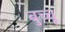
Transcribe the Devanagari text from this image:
बुच्चू